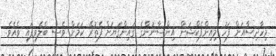
މިހާދިސާއަށް ފަހު މިއިންފެކްޝަން އިންސާނުންގެ ގައިންގަޔަށް ފެތުރޭ ކަމަށް ވެސް ބެލެވިފައި ވެއެވެ.